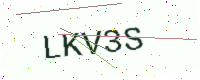
Text: LKV3S